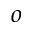
o